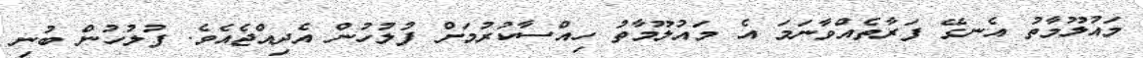
މައުލޫމާތު އެނގޭ ފަރާތެއްވާނަމަ އެ މައުލޫމާތު ހިއްސާކުރުމަށް ފުލުހުން އެދިއްޖެއެވެ. ފުލުހުން ބުނި